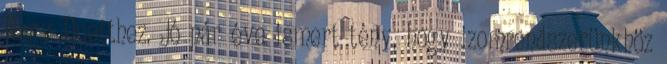
Nagy Duetthez. Jó pár éve ismert tény, hogy izomrendszerünkhöz